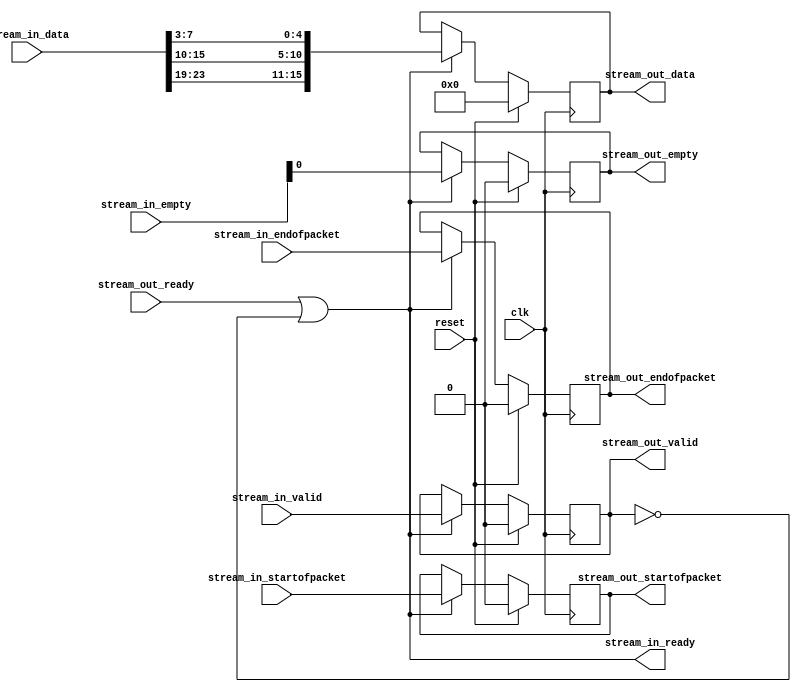
module video_sys_Video_RGB_Resampler (
	clk,
	reset,
	stream_in_data,
	stream_in_startofpacket,
	stream_in_endofpacket,
	stream_in_empty,
	stream_in_valid,
	stream_out_ready,
	stream_in_ready,
	stream_out_data,
	stream_out_startofpacket,
	stream_out_endofpacket,
	stream_out_empty,
	stream_out_valid
);
parameter IDW		= 23;
parameter ODW		= 15;
parameter IEW		= 1;
parameter OEW		= 0;
parameter ALPHA	= 10'h3FF;
input						clk;
input						reset;
input			[IDW:0]	stream_in_data;
input						stream_in_startofpacket;
input						stream_in_endofpacket;
input			[IEW:0]	stream_in_empty;
input						stream_in_valid;
input						stream_out_ready;
output					stream_in_ready;
output reg	[ODW:0]	stream_out_data;
output reg				stream_out_startofpacket;
output reg				stream_out_endofpacket;
output reg	[OEW:0]	stream_out_empty;
output reg				stream_out_valid;
wire		[ 9: 0]	r;
wire		[ 9: 0]	g;
wire		[ 9: 0]	b;
wire		[ 9: 0]	a;
wire		[ODW:0]	converted_data;
always @(posedge clk)
begin
	if (reset)
	begin
		stream_out_data				<=  'b0;
		stream_out_startofpacket	<= 1'b0;
		stream_out_endofpacket		<= 1'b0;
		stream_out_empty				<=  'b0;
		stream_out_valid				<= 1'b0;
	end
	else if (stream_out_ready | ~stream_out_valid)
	begin
		stream_out_data				<= converted_data;
		stream_out_startofpacket	<= stream_in_startofpacket;
		stream_out_endofpacket		<= stream_in_endofpacket;
		stream_out_empty				<= stream_in_empty;
		stream_out_valid				<= stream_in_valid;
	end
end
assign stream_in_ready = stream_out_ready | ~stream_out_valid;
assign r = {stream_in_data[23:16], stream_in_data[23:22]};
assign g = {stream_in_data[15: 8], stream_in_data[15:14]};
assign b = {stream_in_data[ 7: 0], stream_in_data[ 7: 6]};
assign a = ALPHA;
assign converted_data[15:11] = r[ 9: 5];
assign converted_data[10: 5] = g[ 9: 4];
assign converted_data[ 4: 0] = b[ 9: 5];
endmodule